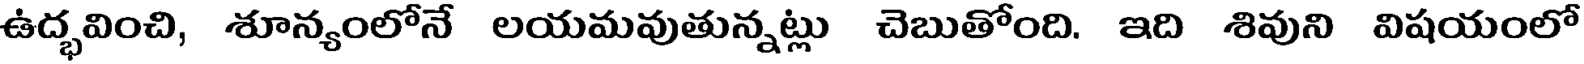
ఉద్భవించి, శూన్యంలోనే లయమవుతున్నట్లు చెబుతోంది. ఇది శివుని విషయంలో